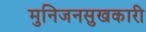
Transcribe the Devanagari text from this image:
मुनिजनसुखकारी